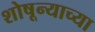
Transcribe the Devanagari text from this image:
शोषून्याच्या